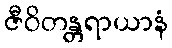
ဇီဝိတန္တရာယာနံ